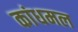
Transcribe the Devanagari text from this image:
कांधमल